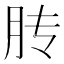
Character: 䏝